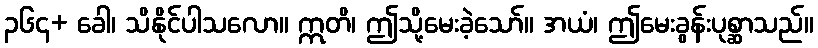
၃၆၄+ ခေါ၊ သိနိုင်ပါသလော။ ဣတိ၊ ဤသို့မေးခဲ့သော်။ အယံ၊ ဤမေးခွန်းပုစ္ဆာသည်။